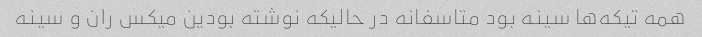
همه تیکه‌ها سینه بود متاسفانه در حالیکه نوشته بودین میکس ران و سینه